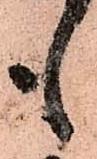
も